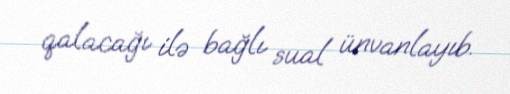
qalacağı ilə bağlı sual ünvanlayıb.